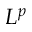
L ^ { p }